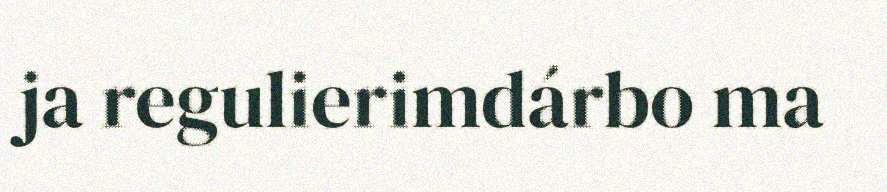
ja regulierimdárbo ma